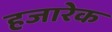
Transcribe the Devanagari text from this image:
हजारेक